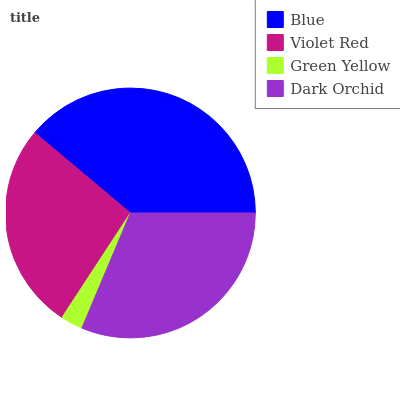
| Blue | Violet Red | Green Yellow | Dark Orchid |
 | --- | --- | --- | --- |
 | 38.8% | 26.9% | 2.88% | 31.4% |